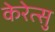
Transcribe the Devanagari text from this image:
केरेत्सु